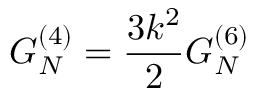
G _ { N } ^ { ( 4 ) } = \frac { 3 k ^ { 2 } } { 2 } G _ { N } ^ { ( 6 ) }